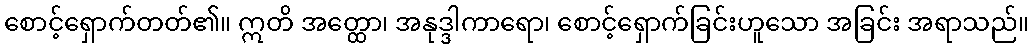
စောင့်ရှောက်တတ်၏။ ဣတိ အတ္ထော၊ အနုဒ္ဒါကာရော၊ စောင့်ရှောက်ခြင်းဟူသော အခြင်း အရာသည်။